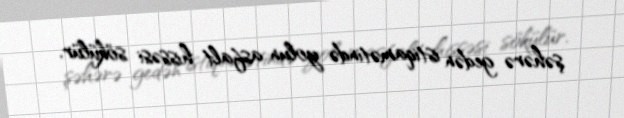
şəhərə gedən istiqamətində yolun asfalt hissəsi sökülür.